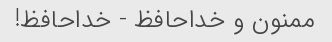
ممنون و خداحافظ - خداحافظ!